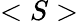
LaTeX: <S>